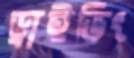
ড্রাইভিং